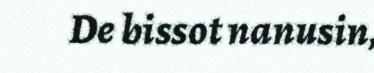
De bissot nanusin,